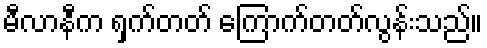
မီလာနီက ရှက်တတ် ကြောက်တတ်လွန်းသည်။